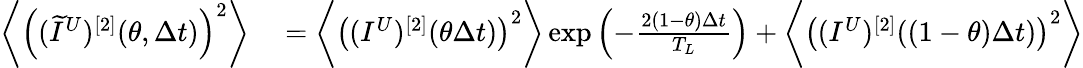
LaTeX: \begin{array}{rl}{\bigg\langle\left((\widetilde{I}^{U})^{[2]}(\theta,\Delta t)\right)^{2}\bigg\rangle}&{{}=\bigg\langle\left((I^{U})^{[2]}(\theta\Delta t)\right)^{2}\bigg\rangle\exp\left(-\frac{2(1-\theta)\Delta t}{T_{L}}\right)+\bigg\langle\left((I^{U})^{[2]}((1-\theta)\Delta t)\right)^{2}\bigg\rangle}\end{array}